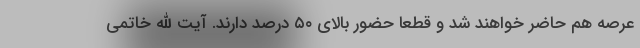
عرصه هم حاضر خواهند شد و قطعا حضور بالای ۵۰ درصد دارند. آیت الله خاتمی